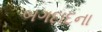
બગદાદના